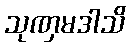
သုဏှမဒါသိ